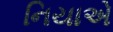
નિયાએ